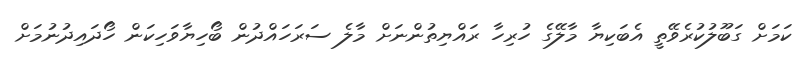
ކަމަށް ގަބޫލުކުރެވޭތީ އެބަކިޔާ މާލޭގެ ހުރިހާ ރައްޔިތުންނަށް މާލެ ސަރަހައްދުން ބޯހިޔާވަހިކަން ހޯދައިދުނުމަށް